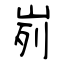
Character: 峛